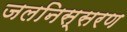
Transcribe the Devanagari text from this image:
जलनिस्सरण